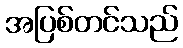
အပြစ်တင်သည်